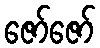
ဇော်ဇော်